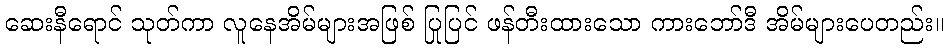
ဆေးနီရောင် သုတ်ကာ လူနေအိမ်များအဖြစ် ပြုပြင် ဖန်တီးထားသော ကားဘော်ဒီ အိမ်များပေတည်း။